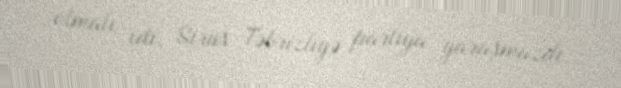
olmalı idi. Sirus Təbrizliyə partiya yaraşmazdı.